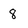
Character: 8